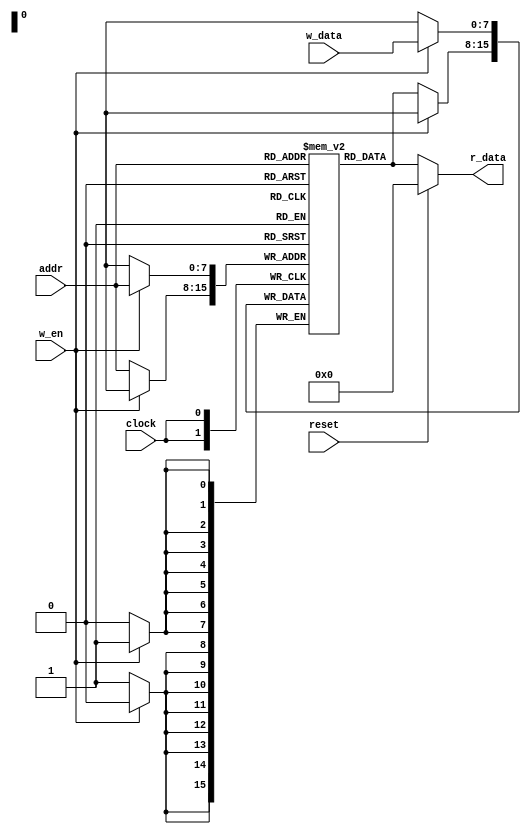
// Copyright 2021 cpu-dev
//
// Licensed under the Apache License, Version 2.0 (the "License");
// you may not use this file except in compliance with the License.
// You may obtain a copy of the License at
//
//      http://www.apache.org/licenses/LICENSE-2.0
//
// Unless required by applicable law or agreed to in writing, software
// distributed under the License is distributed on an "AS IS" BASIS,
// WITHOUT WARRANTIES OR CONDITIONS OF ANY KIND, either express or implied.
// See the License for the specific language governing permissions and
// limitations under the License.

module instr_mem(addr, w_data, w_en, r_data, clock, reset);
    input [7:0] addr;
    input [7:0] w_data;
    input w_en;
    input clock;
    output [7:0] r_data;
    input reset;

    reg [7:0] mem[0:255];
    
    assign r_data = reset ? 8'b0 : mem[addr];

    always @(posedge clock) begin
        if(w_en) begin
            mem[addr] <= w_data;
        end else begin
            mem[addr] <= mem[addr];
        end
    end
endmodule